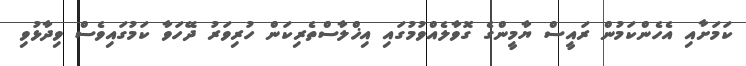
ކަމަށާއި އެހެންކަމުން ރައީސް ޔާމީންގެ ގޮވާލެއްވުމުގައި އިޚްލާސްތެރިކަން ހުރިވަރު ދޭހަވާ ކަމުގައިވެސް ވިދާޅުވި